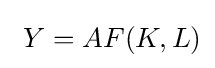
\ Y=AF(K,L)